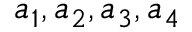
a _ { 1 } , a _ { 2 } , a _ { 3 } , a _ { 4 }